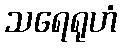
သရေရုဟံ